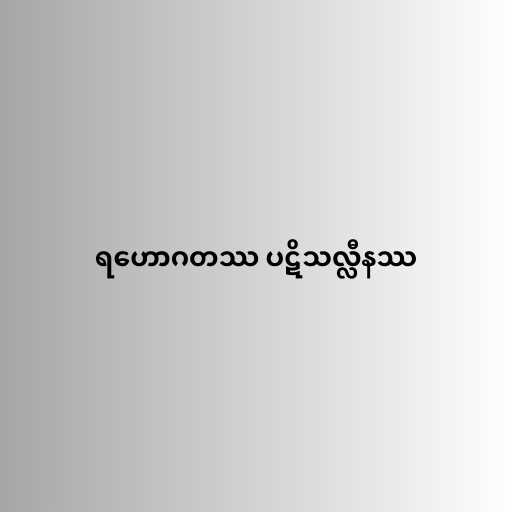
ရဟောဂတဿ ပဋိသလ္လီနဿ